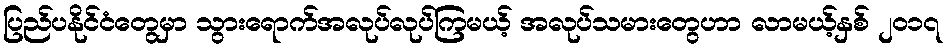
ပြည်ပနိုင်ငံတွေမှာ သွားရောက်အလုပ်လုပ်ကြမယ့် အလုပ်သမားတွေဟာ လာမယ့်နှစ် ၂၀၁၇